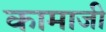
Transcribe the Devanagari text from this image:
कामाजी